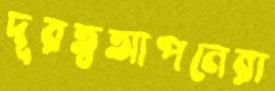
দূরত্বআপনেরা